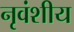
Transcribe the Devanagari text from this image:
नृवंशीय